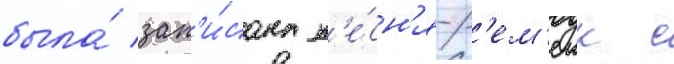
была́ зап'и́сана п'е́сн'я-р'ем'еик с